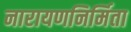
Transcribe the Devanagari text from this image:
नारायणनिर्मिता